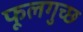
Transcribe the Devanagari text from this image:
फूलगुच्छ